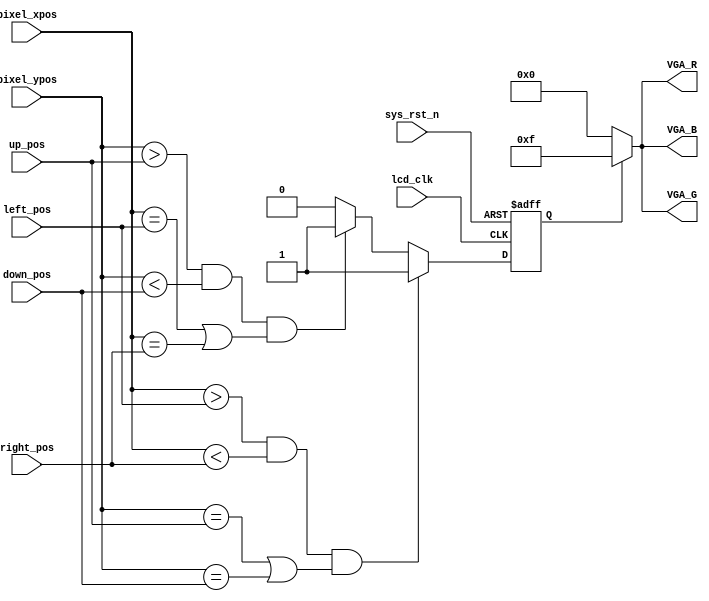
`timescale 1ns / 1ps
//****************************************Copyright (c)***********************************//
// Descriptions:        LCD
//                      LCD640*480
//****************************************************************************************//

module lcd_display(
    input             	lcd_clk,                  	//lcd
    input             	sys_rst_n,                	//
		
    input      	[9:0] 	pixel_xpos,               	//
    input      	[9:0] 	pixel_ypos,               	//   
    
    output  	[3:0]   VGA_R,
    output  	[3:0]   VGA_G,
    output  	[3:0]   VGA_B ,
    
    input     	[9:0]  	left_pos  ,            		
    input     	[9:0]  	right_pos ,

    input     	[9:0]  	up_pos ,  	
    input     	[9:0]  	down_pos     
    );    

//parameter define  
parameter  H_LCD_DISP = 11'd640;                //LCD--
parameter  V_LCD_DISP = 11'd480;                //LCD--

localparam BLACK  = 16'b00000_000000_00000;     //RGB565 
localparam WHITE  = 16'b11111_111111_11111;     //RGB565 
localparam RED    = 16'b11111_000000_00000;     //RGB565 
localparam BLUE   = 16'b00000_000000_11111;     //RGB565 
localparam GREEN  = 16'b00000_111111_00000;     //RGB565 
localparam GRAY   = 16'b11000_110000_11000;     //RGB565 

reg border_flag;

  assign VGA_R = (border_flag) ? 4'b1111 : 4'b0000;
  assign VGA_G = (border_flag) ? 4'b1111 : 4'b0000;
  assign VGA_B = (border_flag) ? 4'b1111 : 4'b0000;

//

always @(posedge lcd_clk or negedge sys_rst_n) begin
    if(!sys_rst_n) begin	//
			border_flag <= 0;
		end
    else begin

            //
            if((pixel_xpos >  left_pos) && (pixel_xpos < right_pos) && ((pixel_ypos == up_pos) ||(pixel_ypos == down_pos)) )  
				border_flag <= 1;
           //
            else if((pixel_ypos > up_pos) && (pixel_ypos < down_pos) && ((pixel_xpos == left_pos) ||(pixel_xpos == right_pos)) )     
				border_flag <= 1;
            else 
                border_flag <= 0;

    end 
end 

endmodule